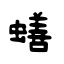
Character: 蟮